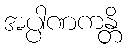
အပ္ပါဏကန္တိ